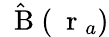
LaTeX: \hat{\mathrm{~\mathbf~B~}}(\mathrm{~\mathbf~r~}_{a})